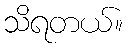
သိရတယ်။